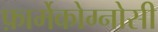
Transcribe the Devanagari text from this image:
फ़ार्मेकोग्नोसी